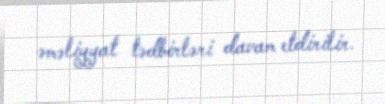
əməliyyat tədbirləri davam etdirilir.